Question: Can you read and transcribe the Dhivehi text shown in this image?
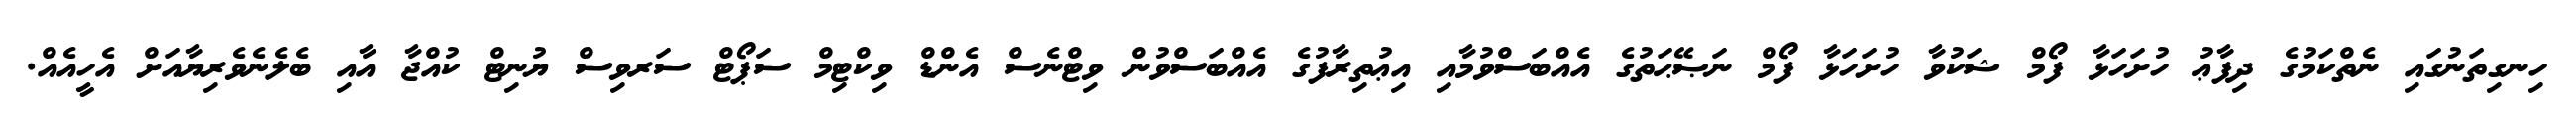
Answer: ހިނގިތަނުގައި ނެތްކަމުގެ ދިފާޢު ހުށަހަޅާ ފޯމް ޝަކުވާ ހުށަހަޅާ ފޯމް ނަޞޭޙަތުގެ އެއްބަސްވުމާއި އިޢުތިރާފުގެ އެއްބަސްވުން ވިޓްނެސް އެންޑް ވިކްޓިމް ސަޕޯޓް ސަރވިސް ޔުނިޓް ކުއްޖާ އާއި ބެލެނެވެރިޔާއަށް އެހީއެއް.